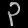
Digit: ၃